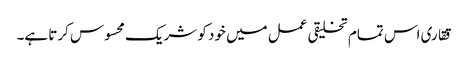
ققاری اس تمام تخلیقی عمل میں خود کو شریک محسوس کرتا ہے۔